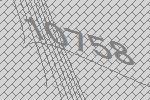
10758